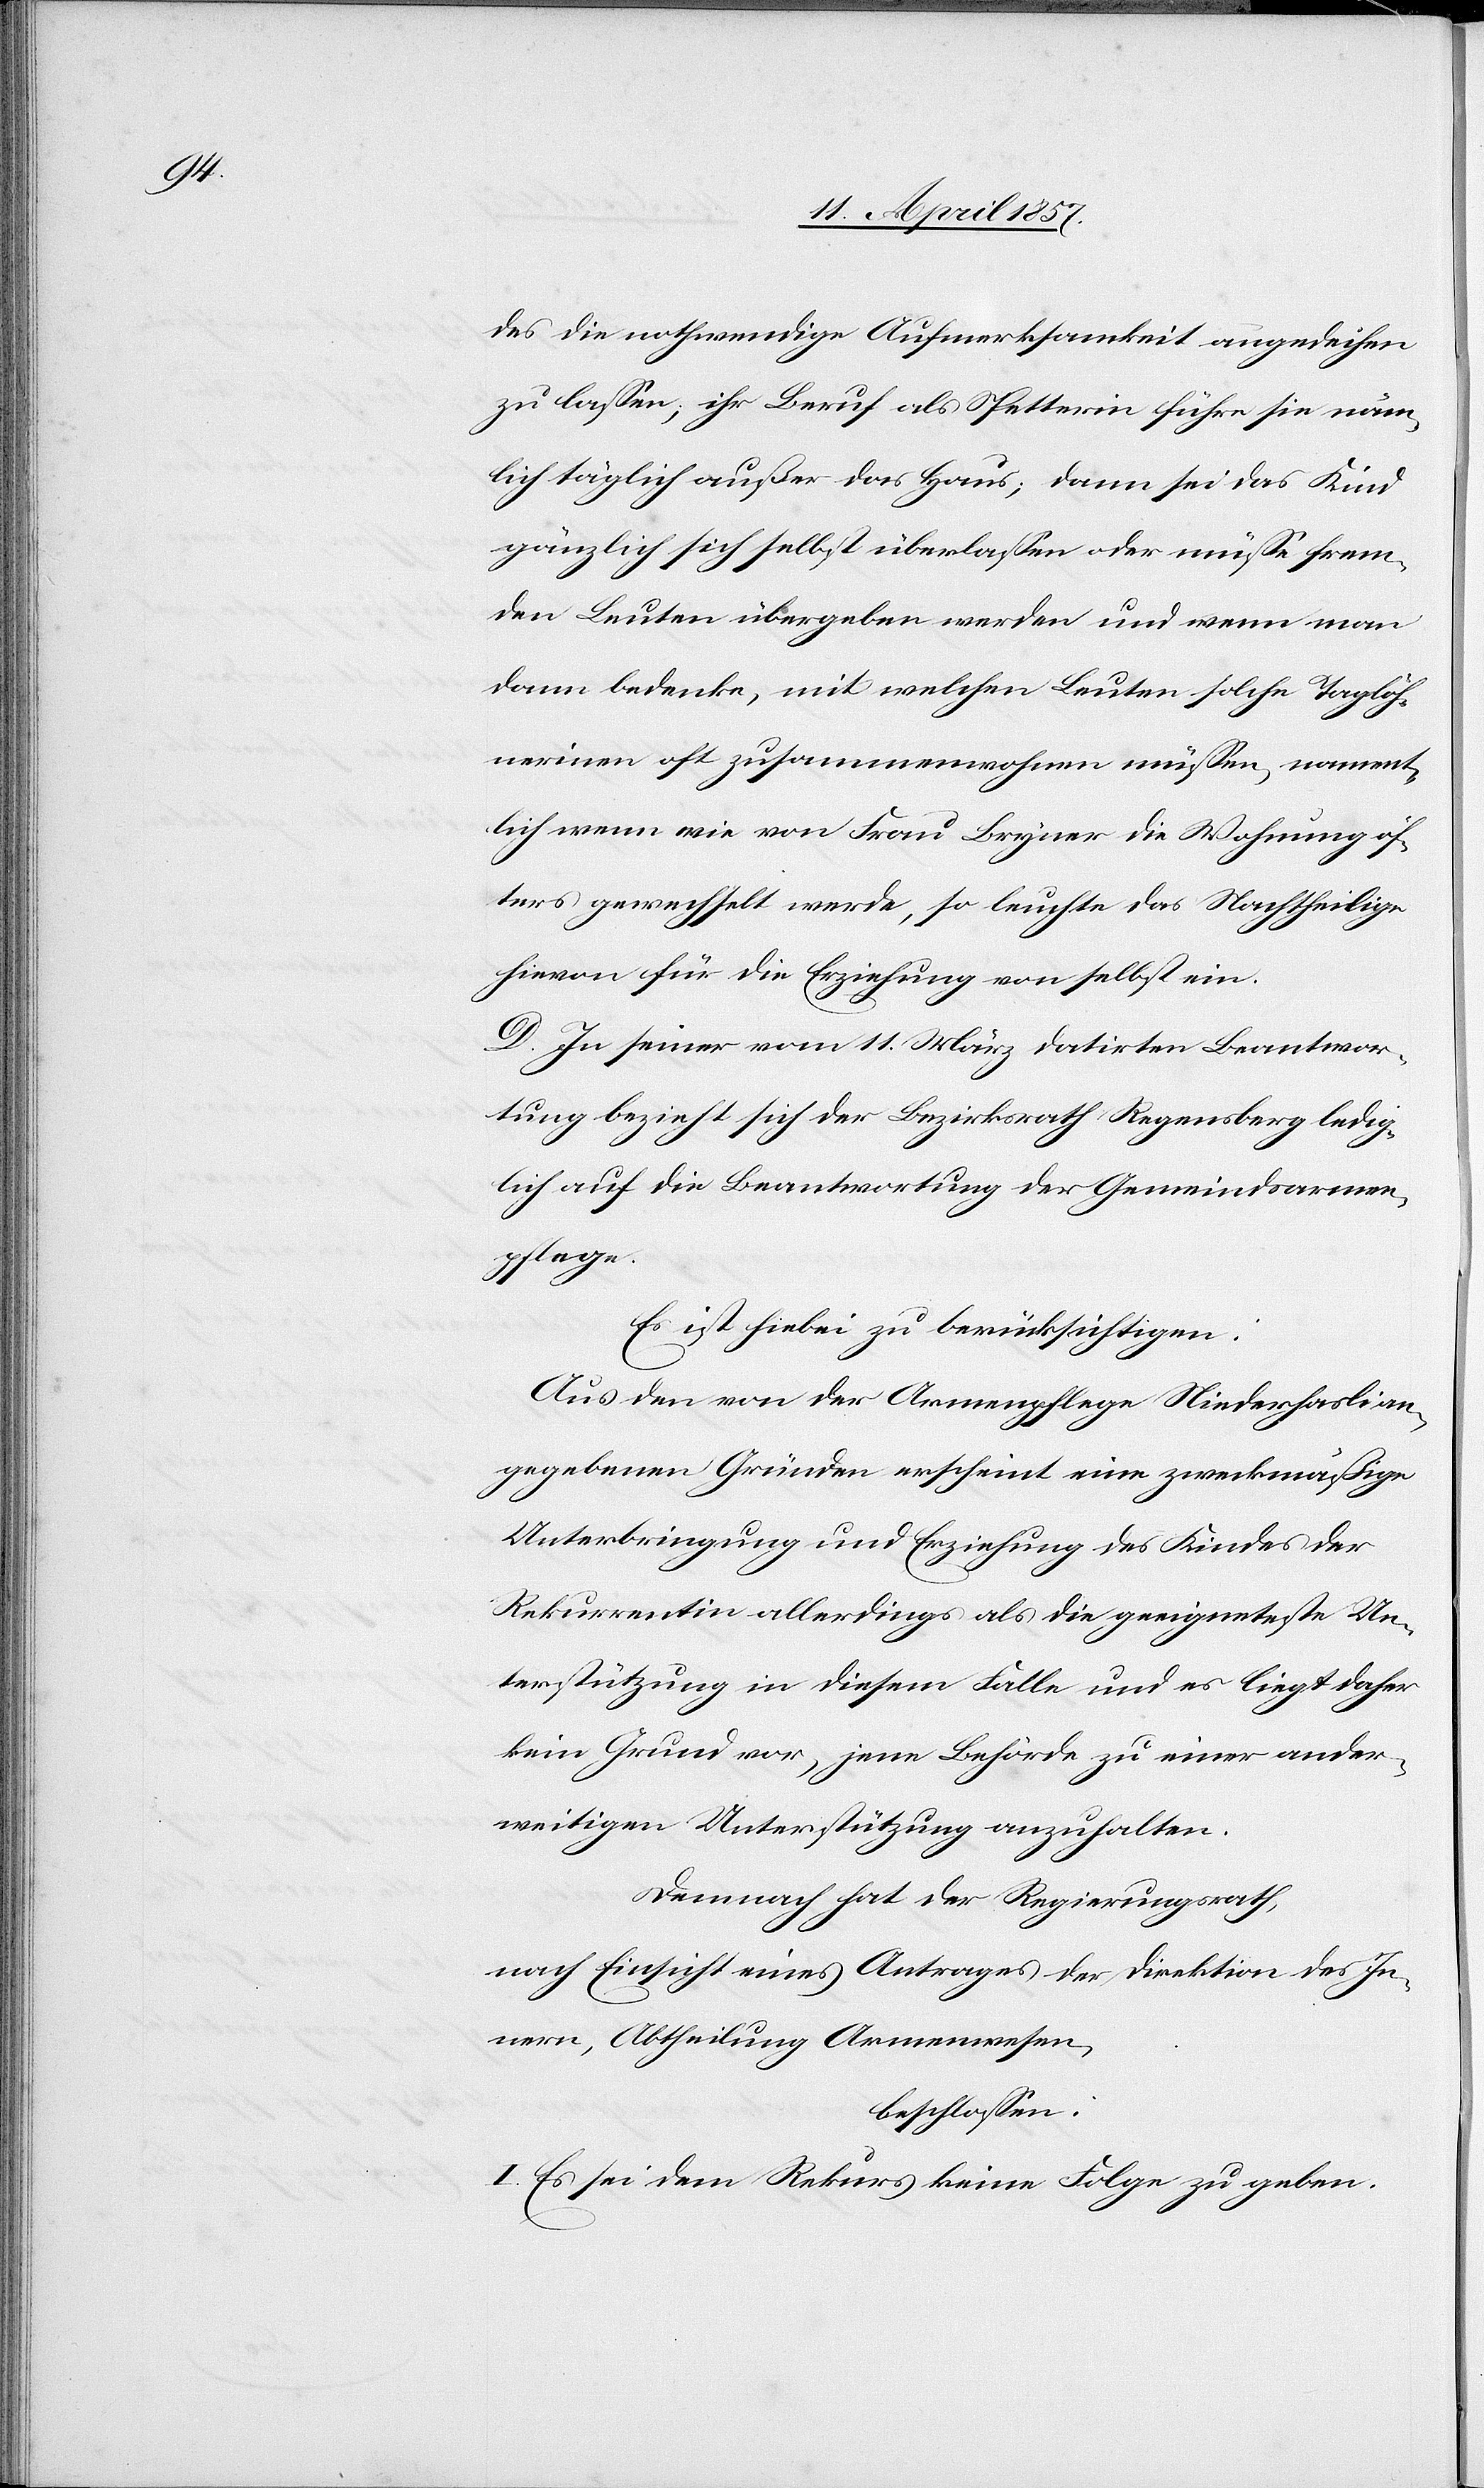
des die nothwendige Aufmerksamkeit angedeihen
zu lassen, ihre Beruf als Spetterin führe sie näm¬
lich täglich außer das Haus; dann sei das Kind
gänzlich sich selbst überlassen oder müsse frem¬
den Leuten übergeben werden und wenn man
dann bedenke, mit welchen Leuten solche Taglöh¬
nerinen oft zusammenwohnen müssen, nament¬
lich wenn wie von Frau Bryner die Wohnung öf¬
ters gewechselt werde, so leuchte das Nachtheilige
hievon für die Erziehung von selbst ein.
D. In seiner vom 11. März datirten Beantwor¬
tung bezieht sich der Bezirksrath Regensberg ledig¬
lich auf die Beantwortung der Gemeindsarmen¬
pflege.
Es ist hiebei zu berücksichtigen:
Aus den von der Armenpflege Niederhasli an¬
gegebenen Gründen erscheint eine zweckmäßige
Unterbringung und Erziehung des Kindes der
Rekurrentin allerdings als die geeigneteste Un¬
terstützung in diesem Falle und es liegt daher
kein Grund vor, jene Behörde zu einer ander¬
weitigen Unterstützung anzuhalten.
Demnach hat der Regierungsrath,
nach Einsicht eines Antrages der Direktion des In¬
nern, Abtheilung Armenwesen,
beschlossen:
I. Es sei dem Rekurs keine Folge zu geben.